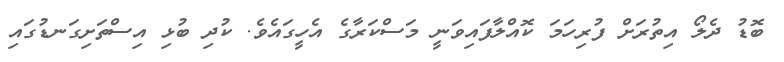
ބޮޑު ދެލޯ އިތުރަށް ފުރިހަމަ ކޮއްލާފައިވަނީ މަސްކަރާގެ އެހީގައެވެ. ކުދި ބުޅި އިސްތަށިގަނޑުގައި